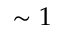
\sim 1